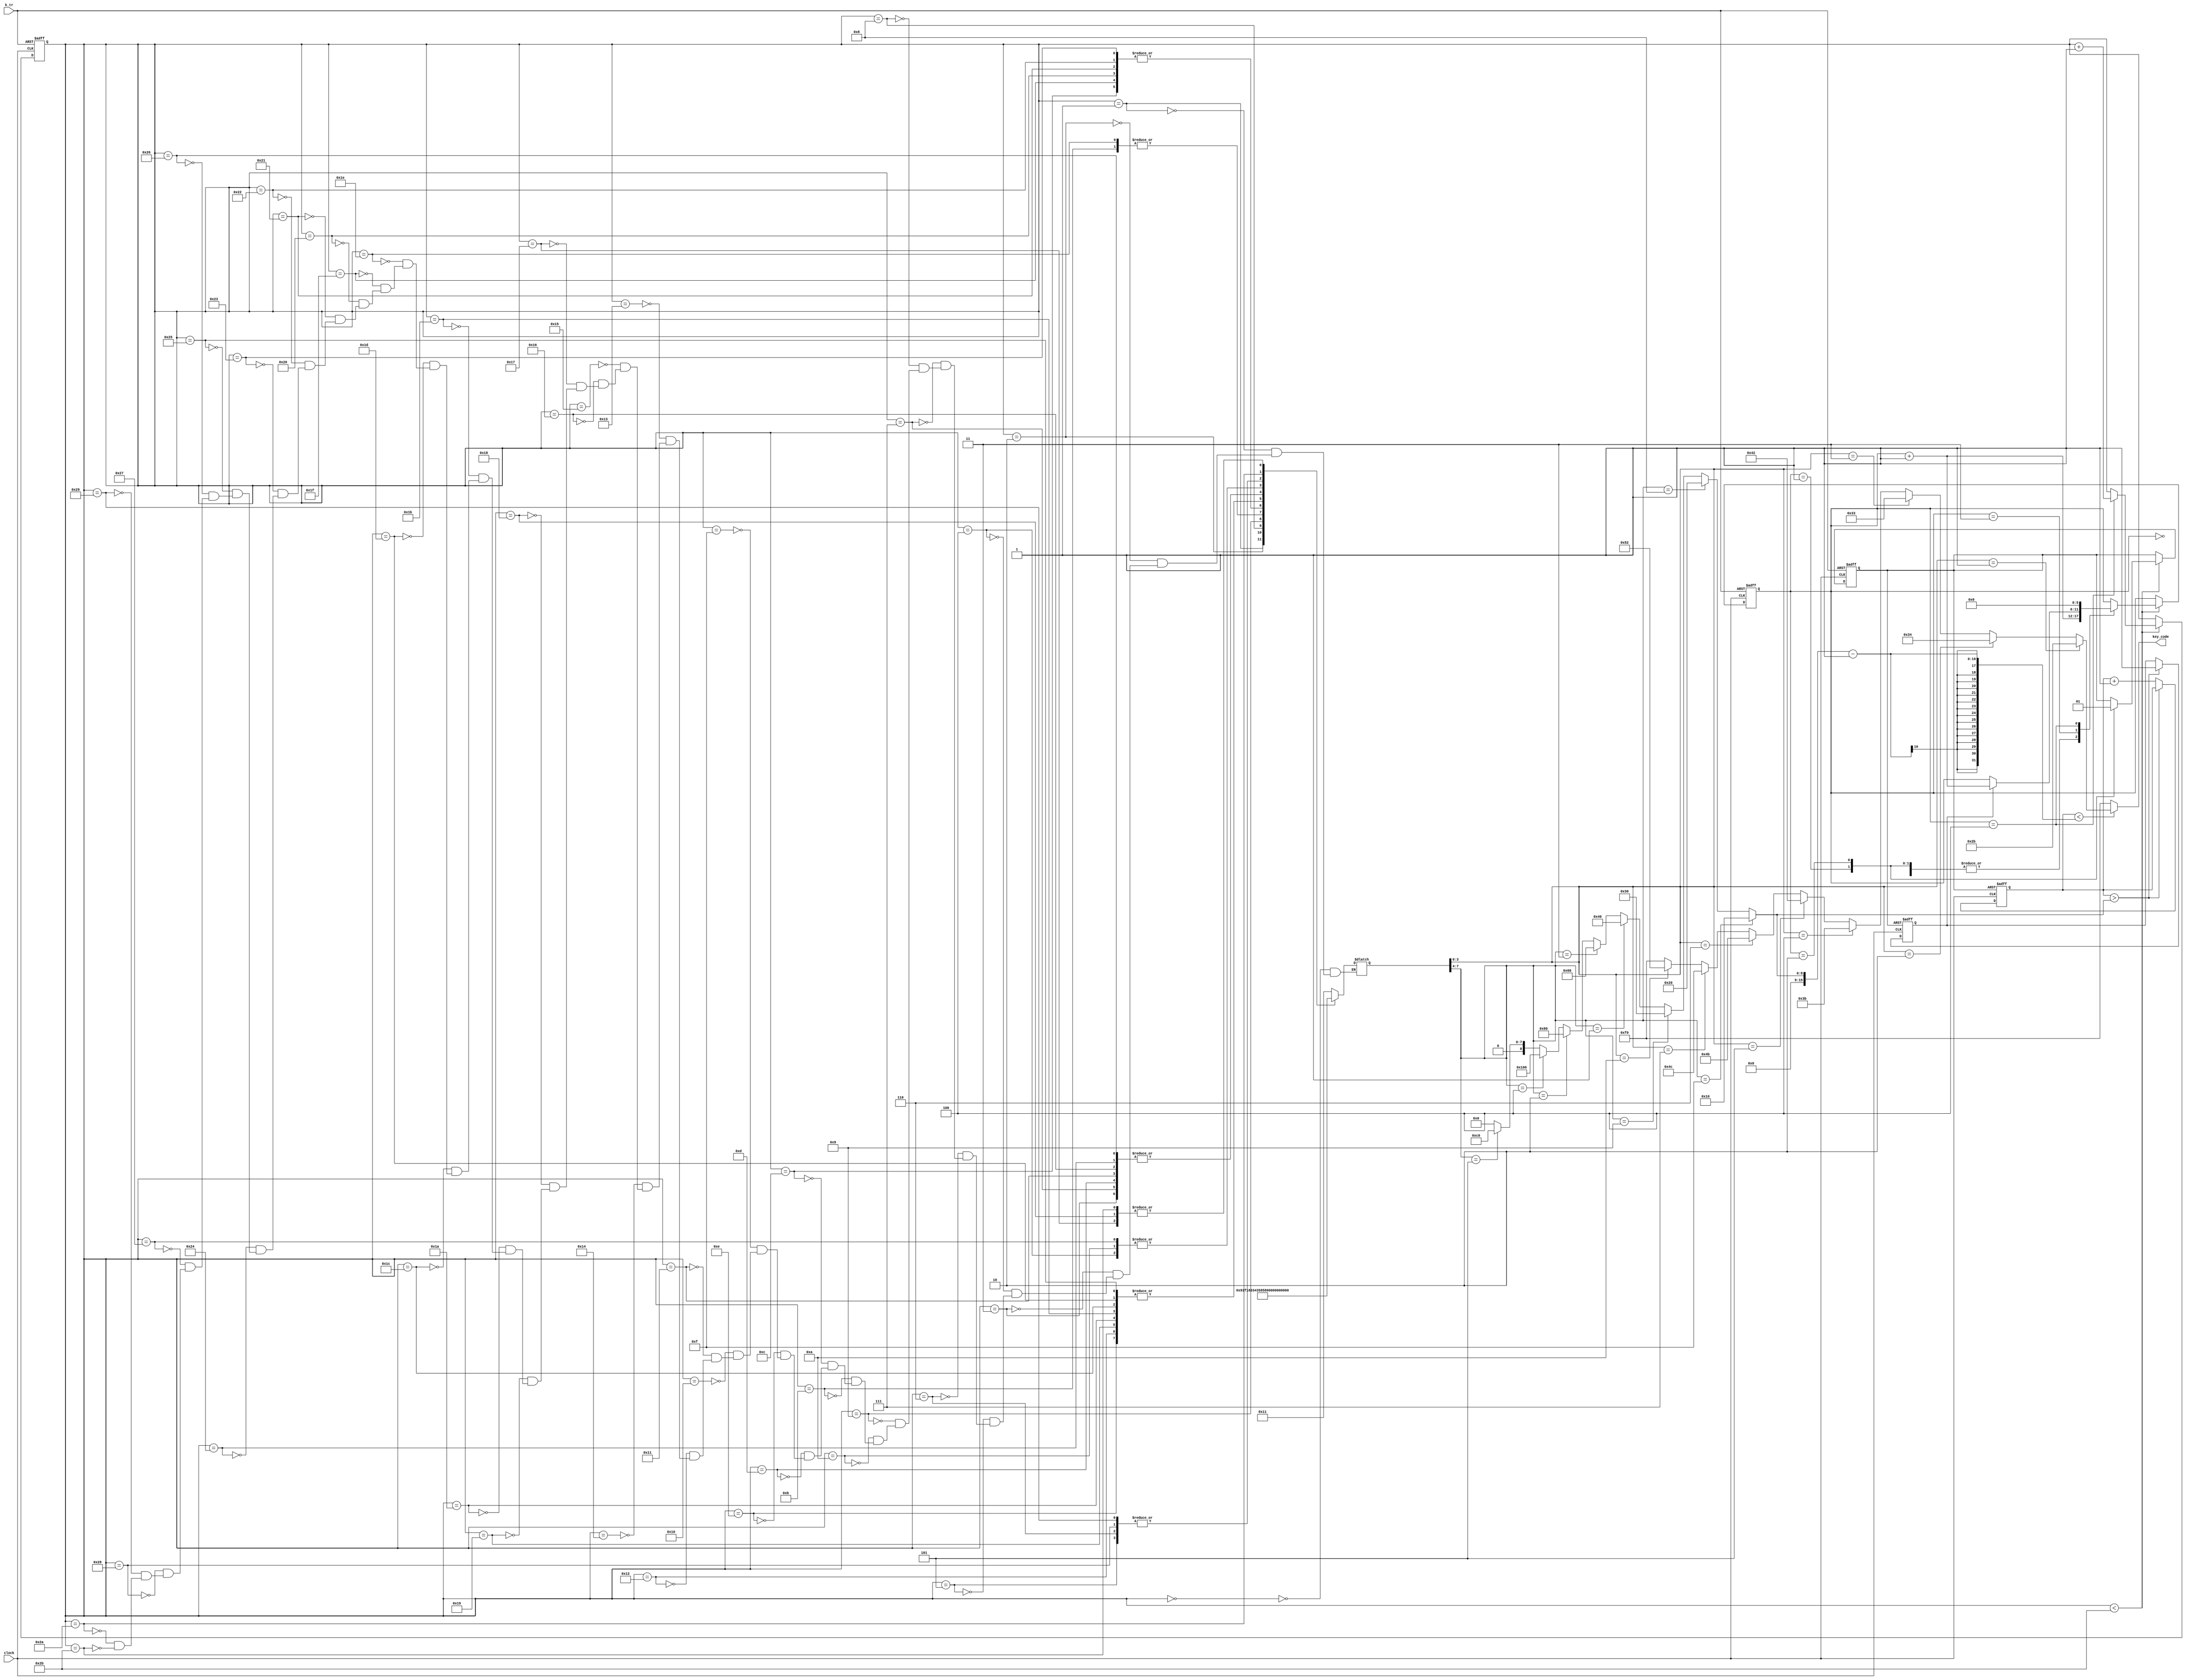
module demo_sound4(
        input       clock,
        output [7:0]key_code,
        input       k_tr
    );



    reg   [15:0]tmp;
    wire  [15:0]tmpa;
    reg         tr;
    reg   [15:0]step;
    wire  [15:0]step_r;
    reg    [7:0]TT;
    reg[5:0]st;
    reg go_end;

    always @(negedge k_tr or posedge clock)
    begin
        if (!k_tr)
        begin
            step=0;
            st=0;
            tr=0;
        end
        else
            if (step<step_r)
            begin
                case (st)
                    0:
                        st=st+1;
                    1:
                    begin
                        tr=0;
                        st=st+1;
                    end
                    2:
                    begin
                        tr=1;
                        st=st+1;
                    end
                    3:
                        if(go_end)
                            st=st+1;
                    4:
                    begin
                        st=0;
                        step=step+1;
                    end
                endcase
            end
    end

    ///////////////////////////////////////////
    wire  [7:0]key_code1=(
              (TT[3:0]==1)?8'h2b:(//1
                  (TT[3:0]==2)?8'h34:(//2
                      (TT[3:0]==3)?8'h33:(//3
                          (TT[3:0]==4)?8'h3b:(//4
                              (TT[3:0]==5)?8'h42:(//5
                                  (TT[3:0]==6)?8'h4b:(//6
                                      (TT[3:0]==7)?8'h4c:(//7
                                          (TT[3:0]==10)?8'h52:(//1
                                              (TT[3:0]==15)?8'hf0:8'hf0//OFF
                                          ))))))))
          );

    assign key_code=(tmp<(tmpa-1))?key_code1:8'hf0;

    assign tmpa[15:0]=(
               (TT[7:4]==15)?16'h10:(
                   (TT[7:4]==8)? 16'h20:(
                       (TT[7:4]==9)? 16'h30:(
                           (TT[7:4]==1)? 16'h40:(
                               (TT[7:4]==3)? 16'h60:(
                                   (TT[7:4]==2)? 16'h80:(
                                       (TT[7:4]==4)? 16'h100:(
                                           (TT[7:4]==5)? 16'hc0:0

                                       )))))))
           );


    always @(negedge tr or posedge clock)
    begin
        if(!tr)
        begin
            tmp=0;
            go_end=0 ;
        end
        else if (tmp>tmpa)
            go_end=1;
        else
            tmp=tmp+1;
    end


    always @(step)
    begin
        case (step)
            0:
                TT=8'h11;
            1:
                TT=8'h91;
            2:
                TT=8'hf1;
            3:
                TT=8'h31;
            4:
                TT=8'h84;
            5:
                TT=8'h15;
            6:
                TT=8'h15;
            7:
                TT=8'h31;
            8:
                TT=8'h83;
            9:
                TT=8'h34;
            10:
                TT=8'h84;
            11:
                TT=8'h35;
            12:
                TT=8'h85;
            13:
                TT=8'h31;

            14:
                TT=8'h81;

            15:
                TT=8'h11;
            16:
                TT=8'h11;

            17:
                TT=8'h31;
            18:
                TT=8'h81;
            19:
                TT=8'h11;
            20:
                TT=8'h11;
            21:
                TT=8'h11;
            22:
                TT=8'h31;

            23:
                TT=8'h1f;
            24:
                TT=8'h1f;
            25:
                TT=8'h81;

            26:
                TT=8'h81;
            27:
                TT=8'h81;
            28:
                TT=8'h81;
            29:
                TT=8'h81;

            30:
                TT=8'h35;
            31:
                TT=8'h85;

            32:
                TT=8'h85;
            33:
                TT=8'h85;
            34:
                TT=8'h85;
            35:
                TT=8'h85;

            36:
                TT=8'h31;
            37:
                TT=8'h81;
            38:
                TT=8'h31;

            39:
                TT=8'h84;
            40:
                TT=8'h15;
            41:
                TT=8'h15;
            42:
                TT=8'h21;
            43:
                TT=8'h1f;
        endcase
    end

    assign step_r=43;

endmodule